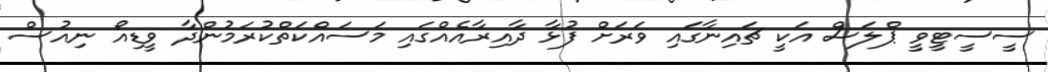
ސީސީޓީވީ ޕްލަސް އަކީ ޗައިނާގައި ވަރަށް ފުޅާ ދާއިރާއެއްގައި މަސައްކަތްކުރަމުންދާ ވީޑިއޯ ނިއުސް